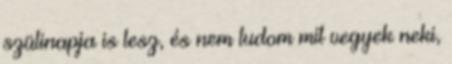
szülinapja is lesz, és nem tudom mit vegyek neki,